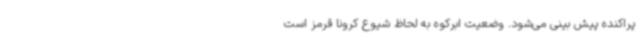
پراکنده پیش بینی می‌شود. وضعیت ابرکوه به لحاظ شیوع کرونا قرمز است